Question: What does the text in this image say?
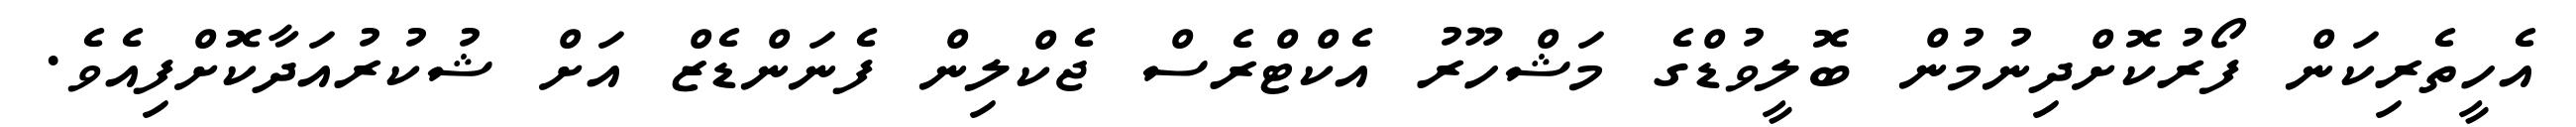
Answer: އެހީތެރިކަން ފޯރުކޮށްދިނުމުން ބޮލީވުޑްގެ މަޝްހޫރު އެކްޓްރެސް ޖެކްލިން ފެނަންޑެޒް އަށް ޝުކުރުއަދާކޮށްފިއެވެ.